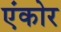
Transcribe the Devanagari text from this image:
एंकोर